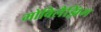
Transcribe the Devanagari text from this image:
मोबिलैझिंग